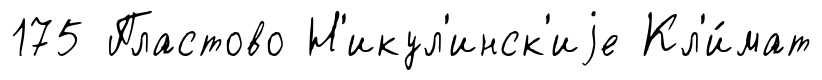
175 Пластово Н'икул'инск'иjе Кл'и́мат